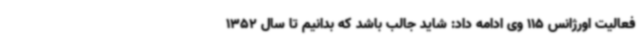
فعالیت اورژانس 115 وی ادامه داد: شاید جالب باشد که بدانیم تا سال 1352